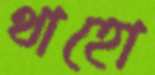
থাহো